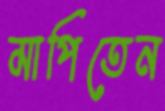
মাপিতেন